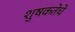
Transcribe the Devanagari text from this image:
शुषकतेचे